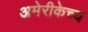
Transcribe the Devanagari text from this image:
अमेरीकेच्य